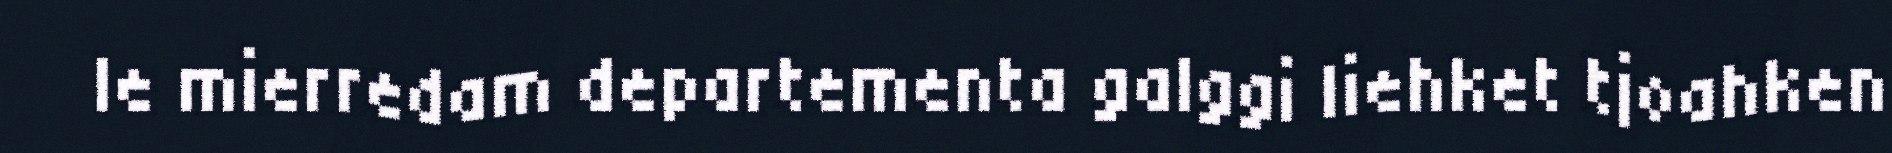
le mierredam departementa galggi liehket tjoahken